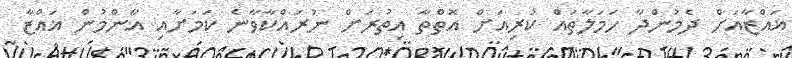
ޣައްޒާއަށް ދެމުންދާ ހަމަލާތައް ކުރިއަށް އޮތްތާ އިތުރަށް ނުރައްކާވާނެ ކަމަށާއި އާންމުން ޣައްޒާ